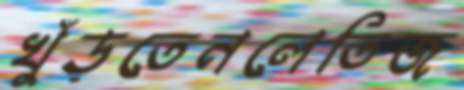
খুঁড়তেনলেতিজ